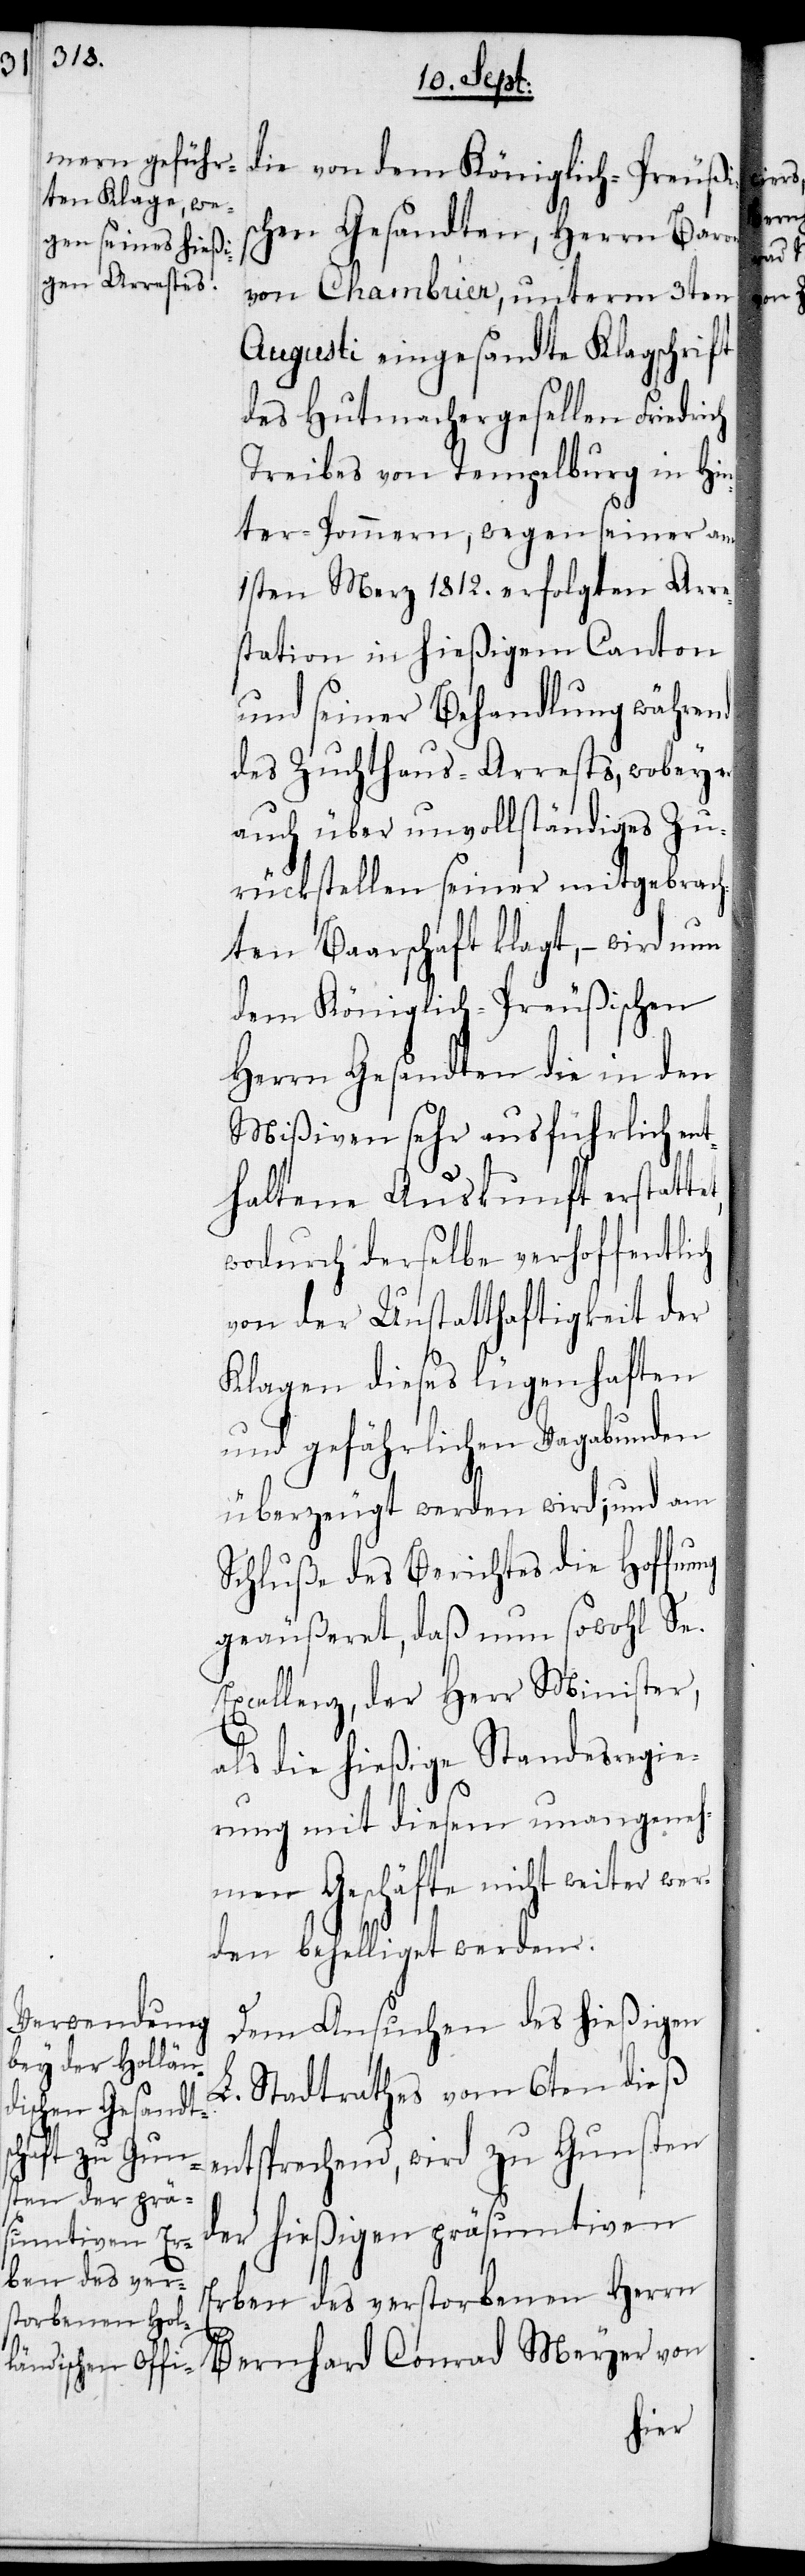
die von dem Königlich-Preußi¬
schen Gesandten, Herrn Baron
von Chambrier, unterm 3ten
Augusti eingesandte Klagschrift
des Hutmachergesellen Friedrich
Treibes von Tempelburg in Hin¬
ter-Pommern, wegen seiner am
1sten Merz 1812. erfolgten Arre¬
station in hießigem Canton
und seiner Behandlung während
des Zuchthaus-Arrests, wobey
auch über unvollständiges Zu¬
rückstellen seiner mitgebrach¬
ten Baarschaft klagt, – wird nun
dem Königlich-Preußischen
Herrn Gesandten die in den
Mißiven sehr ausführlich ent¬
haltene Auskunft erstattet,
wodurch derselbe verhoffentlich
von der Unstatthaftigkeit der
Klagen dieses lügenhaften
und gefährlichen Vagabunden
überzeugt werden wird; und am
Schluße des Berichtes die Hoffn¬
geäußeret, daß nun sowohl Se.
Excellenz, der Herr Minister,
als die hießige Standesregie¬
rung mit diesem unangeneh¬
men Geschäft nicht weiter wer¬
den behelliget werden.
Dem Ansuchen des hießigen
L. Stadtrathes vom 6ten dieß
entsprechend, wird zu Gunsten
der hießigen präsumtiven
Erben des verstorbenen Herrn
Bernhard Conrad Meyer von

ung